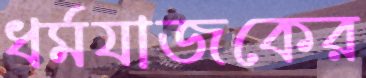
ধর্মযাজকের